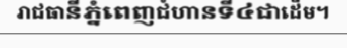
រាជធានីភ្នំពេញជំហានទី៤ជាដើម។